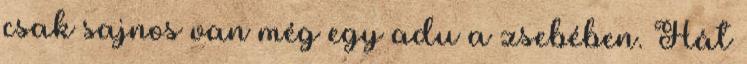
csak sajnos van még egy adu a zsebében. Hát